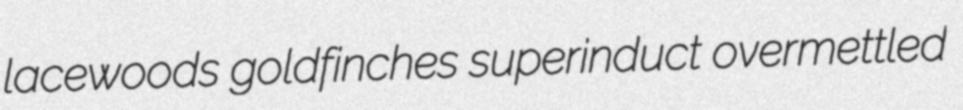
lacewoods goldfinches superinduct overmettled